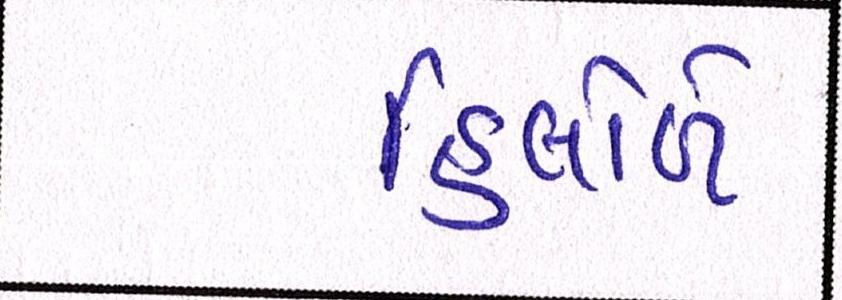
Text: હિલોળે